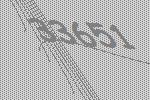
33651